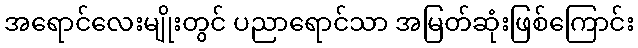
အရောင်လေးမျိုးတွင် ပညာရောင်သာ အမြတ်ဆုံးဖြစ်ကြောင်း